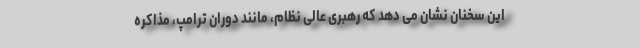
این سخنان نشان می دهد که رهبری عالی نظام، مانند دوران ترامپ، مذاکره